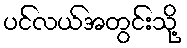
ပင်လယ်အတွင်းသို့